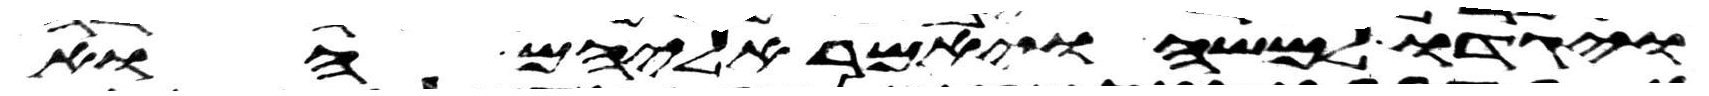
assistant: ויגדו למשה ויאמר אליהם הוא